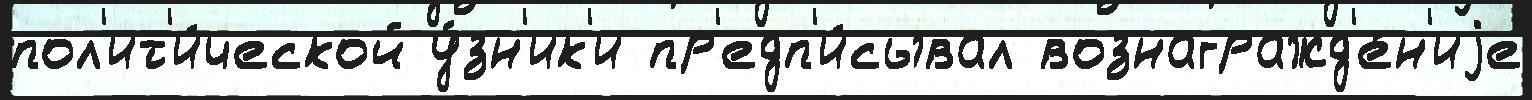
пол'ит'и́ческой у́зн'ик'и пр'едп'и́сывал вознагражд'е́н'иjе